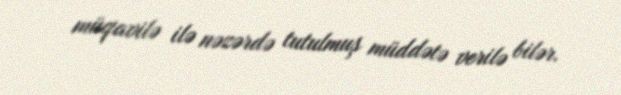
müqavilə ilə nəzərdə tutulmuş müddətə verilə bilər.